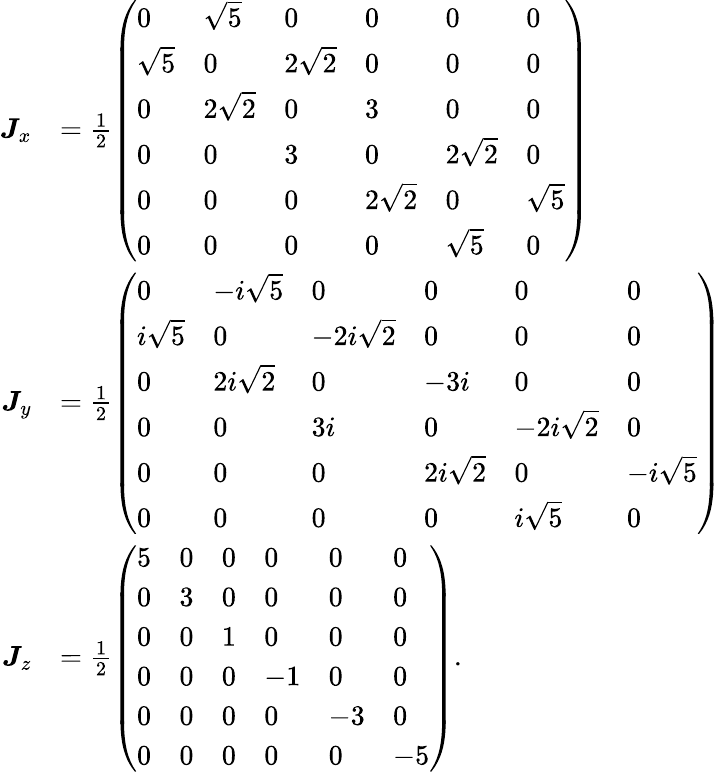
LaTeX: {\begin{array}{rl}{{\boldsymbol{J}}_{x}}&{={\frac{1}{2}}{\left(\begin{array}{llllll}{0}&{{\sqrt{5}}}&{0}&{0}&{0}&{0}\\ {{\sqrt{5}}}&{0}&{2{\sqrt{2}}}&{0}&{0}&{0}\\ {0}&{2{\sqrt{2}}}&{0}&{3}&{0}&{0}\\ {0}&{0}&{3}&{0}&{2{\sqrt{2}}}&{0}\\ {0}&{0}&{0}&{2{\sqrt{2}}}&{0}&{{\sqrt{5}}}\\ {0}&{0}&{0}&{0}&{{\sqrt{5}}}&{0}\end{array}\right)}}\\ {{\boldsymbol{J}}_{y}}&{={\frac{1}{2}}{\left(\begin{array}{llllll}{0}&{-i{\sqrt{5}}}&{0}&{0}&{0}&{0}\\ {i{\sqrt{5}}}&{0}&{-2i{\sqrt{2}}}&{0}&{0}&{0}\\ {0}&{2i{\sqrt{2}}}&{0}&{-3i}&{0}&{0}\\ {0}&{0}&{3i}&{0}&{-2i{\sqrt{2}}}&{0}\\ {0}&{0}&{0}&{2i{\sqrt{2}}}&{0}&{-i{\sqrt{5}}}\\ {0}&{0}&{0}&{0}&{i{\sqrt{5}}}&{0}\end{array}\right)}}\\ {{\boldsymbol{J}}_{z}}&{={\frac{1}{2}}{\left(\begin{array}{llllll}{5}&{0}&{0}&{0}&{0}&{0}\\ {0}&{3}&{0}&{0}&{0}&{0}\\ {0}&{0}&{1}&{0}&{0}&{0}\\ {0}&{0}&{0}&{-1}&{0}&{0}\\ {0}&{0}&{0}&{0}&{-3}&{0}\\ {0}&{0}&{0}&{0}&{0}&{-5}\end{array}\right)}.}\end{array}}